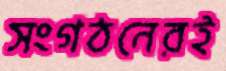
সংগঠনেরই